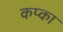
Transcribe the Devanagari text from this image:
कप्का